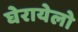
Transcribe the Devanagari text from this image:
घेरायेलो